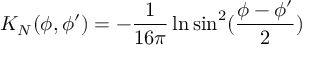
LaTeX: K _ { N } ( \phi , \phi ^ { \prime } ) = - { \frac { 1 } { 1 6 \pi } } \ln \sin ^ { 2 } ( { \frac { \phi - \phi ^ { \prime } } { 2 } } )